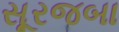
સૂરજબા